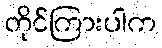
တိုင်ကြားပါက